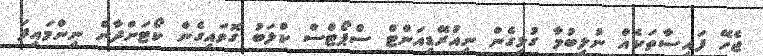
ޖެހޭ ފައިސާތަކެއް ނުލިބުމާ ގުޅިގެން ނިއުރޭޑިއަންޓް ސްޕޯޓްސް ކްލަބު ގޮވައިގެން ކޯޓަށްދާން ނިންމައިފަ